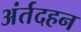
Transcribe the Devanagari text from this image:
अंर्तदहन